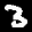
Label: 3